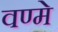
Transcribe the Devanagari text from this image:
वण्मे